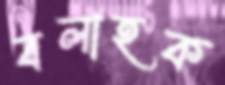
বলাহক